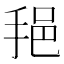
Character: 𫼷